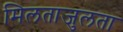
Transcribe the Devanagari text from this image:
मिलताजुलता